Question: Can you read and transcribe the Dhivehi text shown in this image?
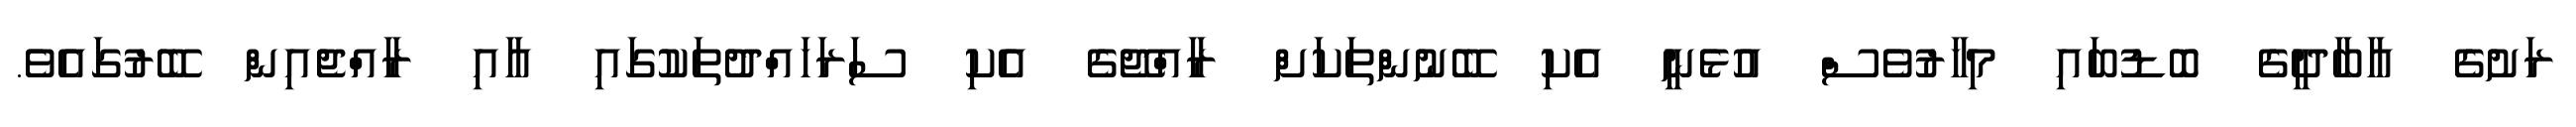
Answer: ރަށުގެ އާބާދީގެ ބޮޑުބައި މިހާރުވެސް އުޅެނީ އެކި ބޭނުންތަކަށް ރާއްޖޭގެ އެކި ސަރަހައްދުތަކުގައި އާއި ރާއްޖެއިން ބޭރުގައެވެ.